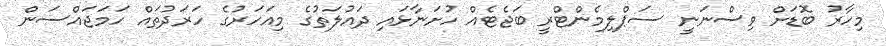
މިހާރު ބޮޑަށް ވިސްނަނީ ސަޕްލިމެންޓްރީ ބަޖެޓެއް ހުށަނާޅައި ދައުލަތުގެ މިއަހަރުގެ ހަރަދުތައް ހަމަޖައްސަން